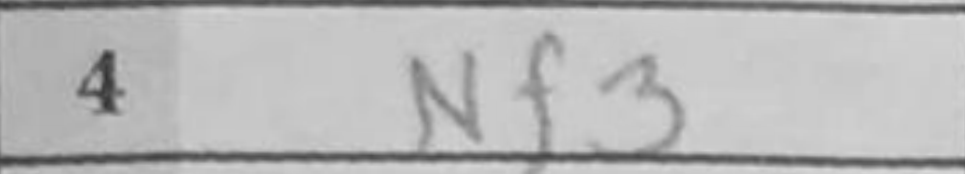
Transcription: Nf3